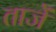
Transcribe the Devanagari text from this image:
ताजें